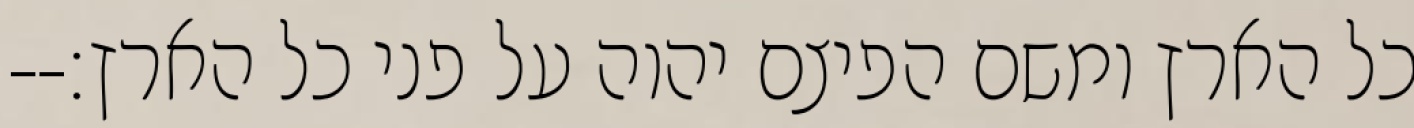
כל הארץ ומשם הפיצם יהוה על פני כל הארץ׃--